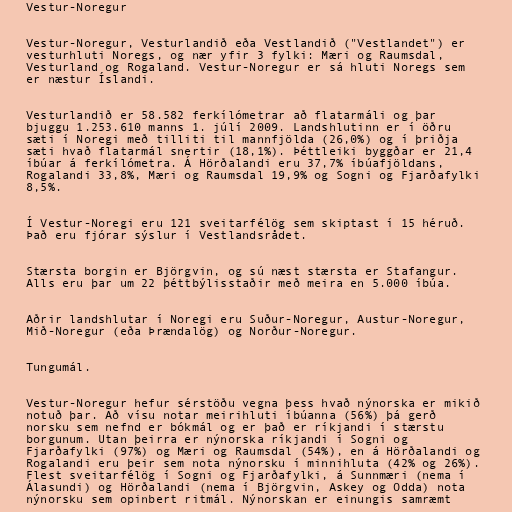
Vestur-Noregur

Vestur-Noregur, Vesturlandið eða Vestlandið ("Vestlandet") er
vesturhluti Noregs, og nær yfir 3 fylki: Mæri og Raumsdal,
Vesturland og Rogaland. Vestur-Noregur er sá hluti Noregs sem
er næstur Íslandi.

Vesturlandið er 58.582 ferkílómetrar að flatarmáli og þar
bjuggu 1.253.610 manns 1. júlí 2009. Landshlutinn er í öðru
sæti í Noregi með tilliti til mannfjölda (26,0%) og í þriðja
sæti hvað flatarmál snertir (18,1%). Þéttleiki byggðar er 21,4
íbúar á ferkílómetra. Á Hörðalandi eru 37,7% íbúafjöldans,
Rogalandi 33,8%, Mæri og Raumsdal 19,9% og Sogni og Fjarðafylki
8,5%.

Í Vestur-Noregi eru 121 sveitarfélög sem skiptast í 15 héruð.
Það eru fjórar sýslur í Vestlandsrådet.

Stærsta borgin er Björgvin, og sú næst stærsta er Stafangur.
Alls eru þar um 22 þéttbýlisstaðir með meira en 5.000 íbúa.

Aðrir landshlutar í Noregi eru Suður-Noregur, Austur-Noregur,
Mið-Noregur (eða Þrændalög) og Norður-Noregur.

Tungumál.

Vestur-Noregur hefur sérstöðu vegna þess hvað nýnorska er mikið
notuð þar. Að vísu notar meirihluti íbúanna (56%) þá gerð
norsku sem nefnd er bókmál og er það er ríkjandi í stærstu
borgunum. Utan þeirra er nýnorska ríkjandi í Sogni og
Fjarðafylki (97%) og Mæri og Raumsdal (54%), en á Hörðalandi og
Rogalandi eru þeir sem nota nýnorsku í minnihluta (42% og 26%).
Flest sveitarfélög í Sogni og Fjarðafylki, á Sunnmæri (nema í
Álasundi) og Hörðalandi (nema í Björgvin, Askey og Odda) nota
nýnorsku sem opinbert ritmál. Nýnorskan er einungis samræmt